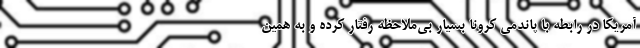
آمریکا در رابطه با پاندمی کرونا بسیار بی‌ملاحظه رفتار کرده و به همین